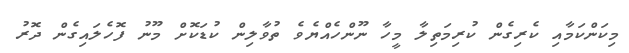
މިކަންކަމާއި ކެރިގެން ކުރިމަތިލާ މީހާ ނޫންހެއްޔެވެ ތުވާލިން ކުޑަކޮށް މޫނު ފޮހެލައިގެން ދޮރު